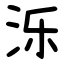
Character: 泺